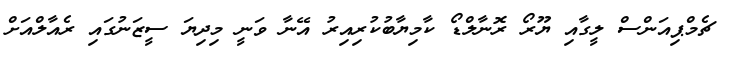
ޗެމްޕިއަންސް ލީގާއި ޔޫރޯ ރޮނާލްޑޯ ކާމިޔާބުކުރިއިރު އޭނާ ވަނީ މިދިޔަ ސީޒަނުގައި ރެއާލްއަށް